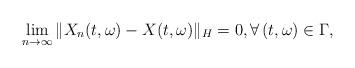
LaTeX: \begin{align*}\lim_{n\rightarrow\infty}\Vert X_n(t,\omega) - X(t,\omega)\Vert_H = 0, \forall\, (t,\omega)\in\Gamma ,\end{align*}